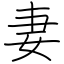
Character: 妻